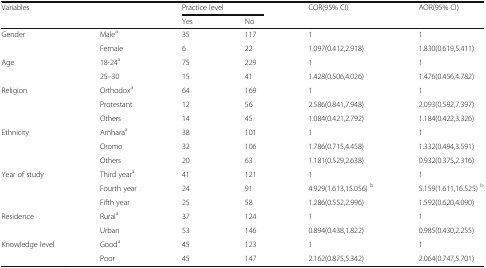
<table><thead><tr><td rowspan="2" colspan="2"><b>Variables</b></td><td colspan="2"><b>Practice level</b></td><td rowspan="2"><b>COR(95% CI)</b></td><td rowspan="2"><b>AOR(95% CI)</b></td></tr><tr><td><b>Yes</b></td><td><b>No</b></td></tr></thead><tbody><tr><td rowspan="2">Gender</td><td>Male<sup>a</sup></td><td>35</td><td>117</td><td>1</td><td>1</td></tr><tr><td>Female</td><td>6</td><td>22</td><td>1.097(0.412,2.918)</td><td>1.830(0.619,5.411)</td></tr><tr><td rowspan="2">Age</td><td>18-24<sup>a</sup></td><td>75</td><td>229</td><td>1</td><td>1</td></tr><tr><td>25–30</td><td>15</td><td>41</td><td>1.428(0.506,4.026)</td><td>1.476(0.456,4.782)</td></tr><tr><td rowspan="3">Religion</td><td>Orthodox<sup>a</sup></td><td>64</td><td>169</td><td>1</td><td>1</td></tr><tr><td>Protestant</td><td>12</td><td>56</td><td>2.586(0.841,7.948)</td><td>2.093(0.592,7.397)</td></tr><tr><td>Others</td><td>14</td><td>45</td><td>1.084(0.421,2.792)</td><td>1.184(0.422,3.326)</td></tr><tr><td rowspan="3">Ethnicity</td><td>Amhara<sup>a</sup></td><td>38</td><td>101</td><td>1</td><td>1</td></tr><tr><td>Oromo</td><td>32</td><td>106</td><td>1.786(0.715,4.458)</td><td>1.332(0.494,3.591)</td></tr><tr><td>Others</td><td>20</td><td>63</td><td>1.181(0.529,2.638)</td><td>0.932(0.375,2.316)</td></tr><tr><td rowspan="3">Year of study</td><td>Third year<sup>a</sup></td><td>41</td><td>121</td><td>1</td><td>1</td></tr><tr><td>Fourth year</td><td>24</td><td>91</td><td>4.929(1.613,15.056) <sup>b</sup></td><td>5.159(1.611,16.525) <sup>b</sup></td></tr><tr><td>Fifth year</td><td>25</td><td>58</td><td>1.286(0.552,2.996)</td><td>1.592(0.620,4.090)</td></tr><tr><td rowspan="2">Residence</td><td>Rural<sup>a</sup></td><td>37</td><td>124</td><td>1</td><td>1</td></tr><tr><td>Urban</td><td>53</td><td>146</td><td>0.894(0.438,1.822)</td><td>0.985(0.430,2.255)</td></tr><tr><td rowspan="2">Knowledge level</td><td>Good<sup>a</sup></td><td>45</td><td>123</td><td>1</td><td>1</td></tr><tr><td>Poor</td><td>45</td><td>147</td><td>2.162(0.875,5.342)</td><td>2.064(0.747,5.701)</td></tr></tbody></table>